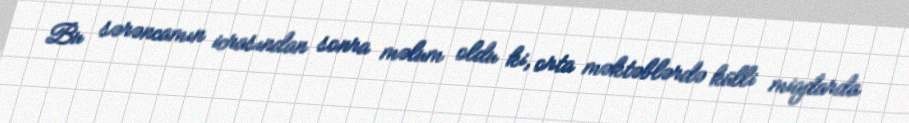
Bu sərəncamın icrasından sonra məlum oldu ki, orta məktəblərdə külli miqdarda